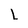
Character: L